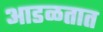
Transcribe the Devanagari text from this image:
अाडळतात